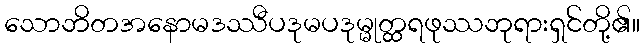
သောဘိတအနောမဒဿီပဒုမပဒုမ္မုတ္ထရဖုဿဘုရားရှင်တို့၏။